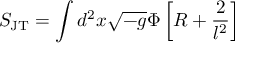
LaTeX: S _ { \mathrm { J T } } = \int d ^ { 2 } x \sqrt { - g } \Phi \left[ R + \frac { 2 } { l ^ { 2 } } \right]